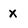
Character: x